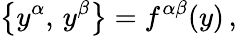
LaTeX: \bigl\{ y^{\alpha},\, y^{\beta}\bigr\} =f^{\alpha\beta}(y)\, ,